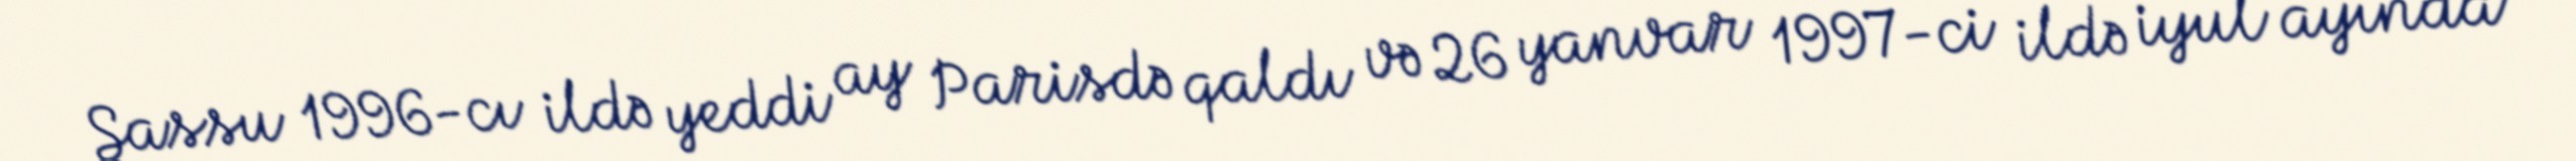
Sassu 1996-cı ildə yeddi ay Parisdə qaldı və 26 yanvar 1997-ci ildə iyul ayında